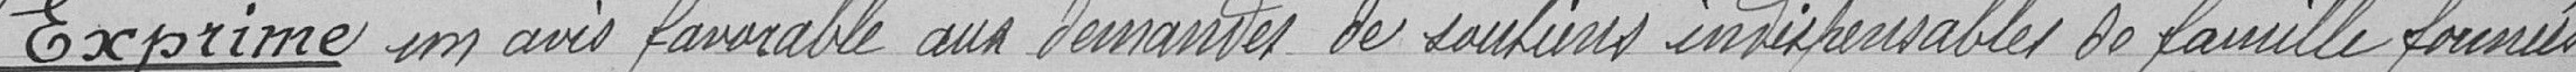
Exprime un avis favorable aux demandes des soutiens indispensables de famille fournies